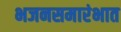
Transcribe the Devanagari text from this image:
भजनसमारंभात